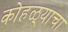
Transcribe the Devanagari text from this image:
कोहळ्याचा